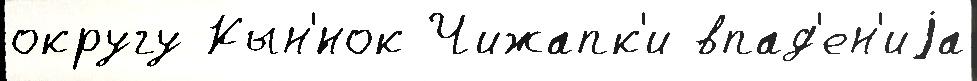
округу Кын'́нок Чижапк'и впад'ен'иjа